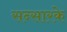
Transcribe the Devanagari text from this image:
सन्सारके